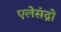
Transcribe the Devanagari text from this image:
एलेसंद्रो